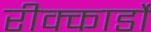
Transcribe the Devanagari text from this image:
रीक्कार्डो